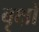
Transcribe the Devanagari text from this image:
बृक्षों